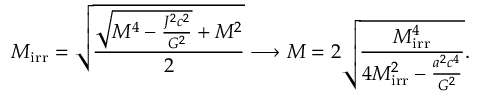
M _ { \mathrm { { i r r } } } = { \sqrt { \frac { { \sqrt { M ^ { 4 } - { \frac { J ^ { 2 } c ^ { 2 } } { G ^ { 2 } } } } } + M ^ { 2 } } { 2 } } } \longrightarrow M = 2 { \sqrt { \frac { M _ { \mathrm { { i r r } } } ^ { 4 } } { 4 M _ { \mathrm { { i r r } } } ^ { 2 } - { \frac { a ^ { 2 } c ^ { 4 } } { G ^ { 2 } } } } } } .